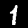
Digit: 1